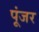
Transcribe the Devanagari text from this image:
पूंजर